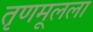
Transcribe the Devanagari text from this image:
तृणमूलला